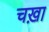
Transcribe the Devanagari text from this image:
चख़ा